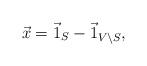
LaTeX: \begin{align*}\vec x = \vec 1_S -\vec 1_{V\setminus S}, \end{align*}